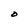
Character: O